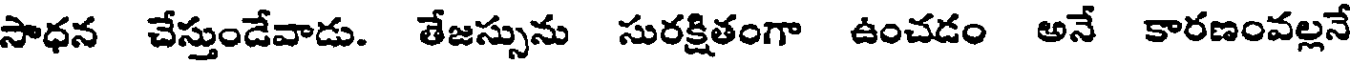
సాధన చేస్తుండేవాడు. తేజస్సును సురక్షితంగా ఉంచడం అనే కారణంవల్లనే